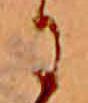
に